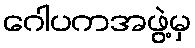
ဂေါပကအဖွဲ့မှ